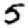
Digit: 5